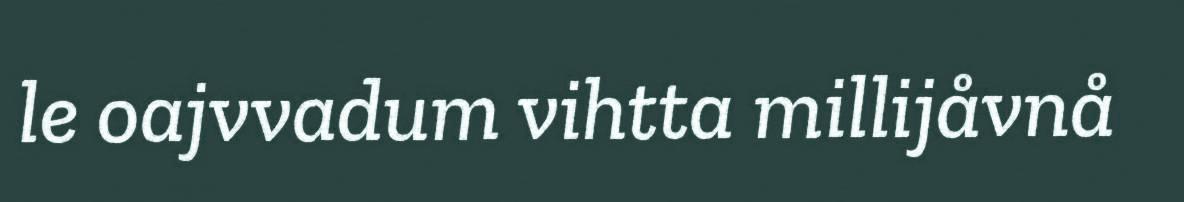
le oajvvadum vihtta millijåvnå